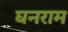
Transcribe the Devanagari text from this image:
घनराम